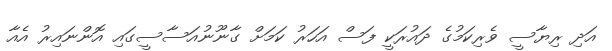
އަދި ރިޔާސީ ވެރިކަމުގެ ދައުރަކީ ފަސް އަހަރު ކަމަށް ގާނޫނުއަސާސީގައި އޮންނައިރު އެއާ